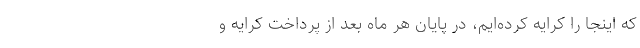
که اینجا را کرایه کرده‌ایم، در پایان هر ماه بعد از پرداخت کرایه و